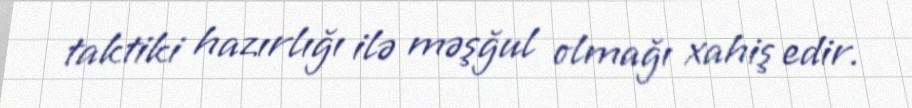
taktiki hazırlığı ilə məşğul olmağı xahiş edir.